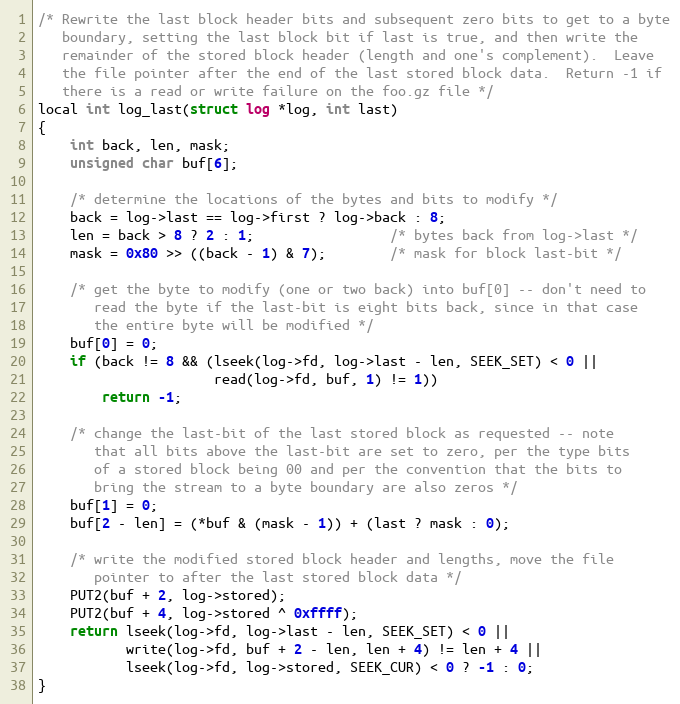
Language: C
/* Rewrite the last block header bits and subsequent zero bits to get to a byte
   boundary, setting the last block bit if last is true, and then write the
   remainder of the stored block header (length and one's complement).  Leave
   the file pointer after the end of the last stored block data.  Return -1 if
   there is a read or write failure on the foo.gz file */
local int log_last(struct log *log, int last)
{
    int back, len, mask;
    unsigned char buf[6];

    /* determine the locations of the bytes and bits to modify */
    back = log->last == log->first ? log->back : 8;
    len = back > 8 ? 2 : 1;                 /* bytes back from log->last */
    mask = 0x80 >> ((back - 1) & 7);        /* mask for block last-bit */

    /* get the byte to modify (one or two back) into buf[0] -- don't need to
       read the byte if the last-bit is eight bits back, since in that case
       the entire byte will be modified */
    buf[0] = 0;
    if (back != 8 && (lseek(log->fd, log->last - len, SEEK_SET) < 0 ||
                      read(log->fd, buf, 1) != 1))
        return -1;

    /* change the last-bit of the last stored block as requested -- note
       that all bits above the last-bit are set to zero, per the type bits
       of a stored block being 00 and per the convention that the bits to
       bring the stream to a byte boundary are also zeros */
    buf[1] = 0;
    buf[2 - len] = (*buf & (mask - 1)) + (last ? mask : 0);

    /* write the modified stored block header and lengths, move the file
       pointer to after the last stored block data */
    PUT2(buf + 2, log->stored);
    PUT2(buf + 4, log->stored ^ 0xffff);
    return lseek(log->fd, log->last - len, SEEK_SET) < 0 ||
           write(log->fd, buf + 2 - len, len + 4) != len + 4 ||
           lseek(log->fd, log->stored, SEEK_CUR) < 0 ? -1 : 0;
}